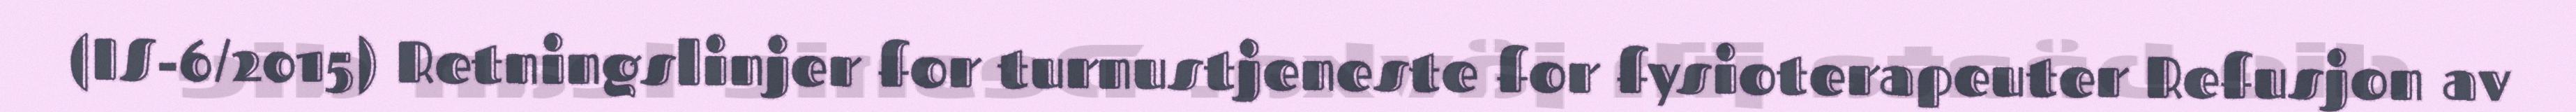
(IS-6/2015) Retningslinjer for turnustjeneste for fysioterapeuter Refusjon av